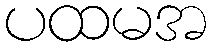
ပထမအ